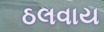
ઠલવાય